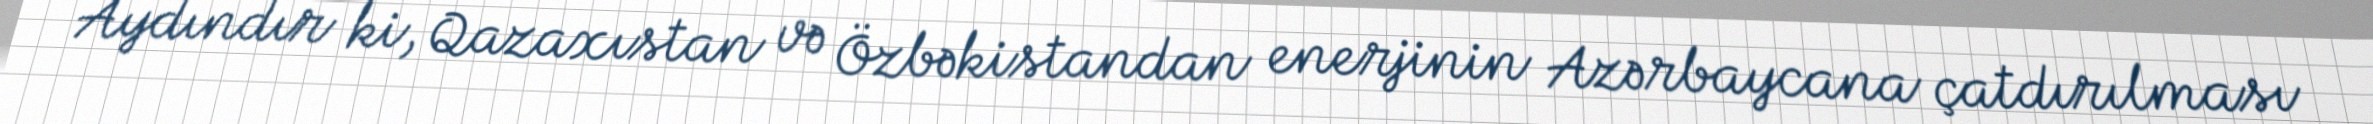
Aydındır ki, Qazaxıstan və Özbəkistandan enerjinin Azərbaycana çatdırılması